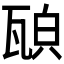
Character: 𤭍